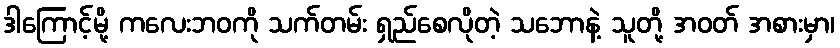
ဒါကြောင့်မို့ ကလေးဘဝကို သက်တမ်း ရှည်စေလိုတဲ့ သဘောနဲ့ သူတို့ အဝတ် အစားမှာ၊